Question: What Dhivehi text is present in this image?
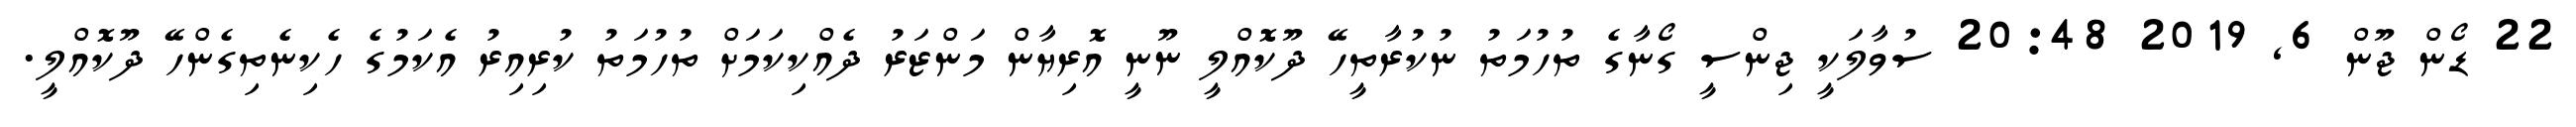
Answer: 22 ޑޯން ޖޫން 6, 2019 20:48 ސުވާލަކީ ޖިންސީ ގޯނާގެ ތުހުމަތު ނުކުރާތީހޭ ދޫކޮއްލީ ނޫނީ އޮރިޔާން މަންޒަރު ދެއްކިކަމަށް ތުހުމަތު ކުރިއިރު އެކަމުގެ ހެކިނެތިގެންހޭ ދޫކޮއްލީ.